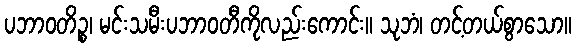
ပဘာဝတိဉ္စ၊ မင်းသမီးပဘာဝတီကိုလည်းကောင်း။ သုဘံ၊ တင့်တယ်စွာသော။